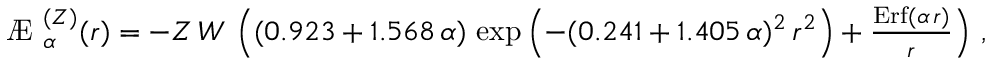
\begin{array} { r } { \mathrm { ~ \AE ~ } _ { \alpha } ^ { ( Z ) } ( r ) = - Z \, W \, \left( ( 0 . 9 2 3 + 1 . 5 6 8 \, \alpha ) \, \exp \left( - ( 0 . 2 4 1 + 1 . 4 0 5 \, \alpha ) ^ { 2 } \, r ^ { 2 } \right) + \frac { \mathrm { E r f } ( \alpha \, r ) } { r } \right) \, , } \end{array}